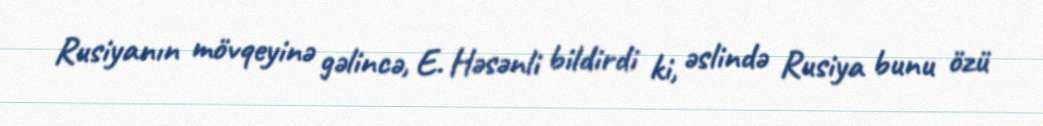
Rusiyanın mövqeyinə gəlincə, E. Həsənli bildirdi ki, əslində Rusiya bunu özü